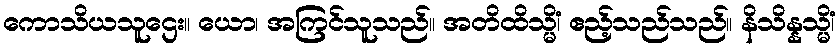
ကောသိယသူဌေး။ ယော၊ အကြင်သူသည်။ အတိထိသ္မိံ၊ ဧည့်သည်သည်။ နိသိန္နသ္မိံ၊